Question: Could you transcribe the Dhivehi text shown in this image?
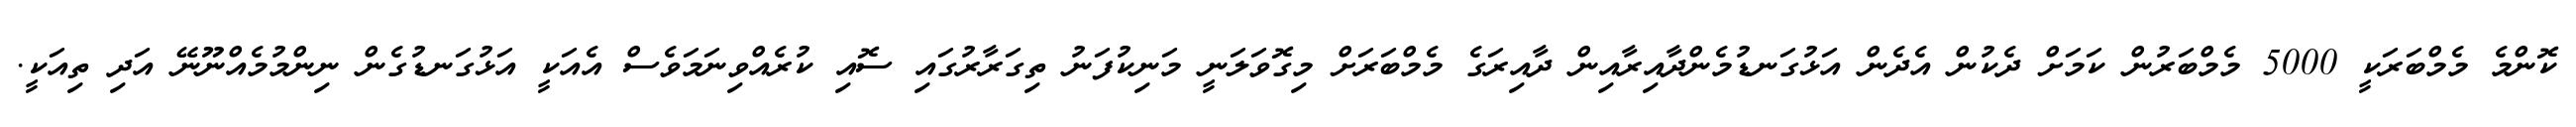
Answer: ކޮންމެ މެމްބަރަކީ 5000 މެމްބަރުން ކަމަށް ދެކުން އެދެން އަޅުގަނޑުމެންދާއިރާއިން ދާއިރަގެ މެމްބަރަށް މިގޮވަލަނީ މަނިކުފަނު ތިގަރާރުގައި ސޮއި ކުރެއްވިނަމަވެސް އެއަކީ އަޅުގަނޑުގެން ނިންމުމެއްނޫނޭ އަދި ތިއަކީ.